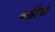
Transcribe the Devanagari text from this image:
ब्लीघ